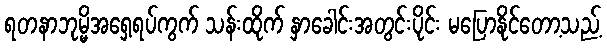
ရတနာဘုမ္မိအရှေ့ရပ်ကွက် သန်းထိုက် နှာခေါင်းအတွင်းပိုင်း မပြောနိုင်တော့သည့်